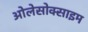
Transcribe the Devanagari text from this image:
ओलेसोक्साइम